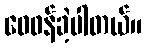
ဝေဖန်ခဲ့ပါတယ်။